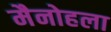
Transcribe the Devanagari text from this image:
मैनोहला